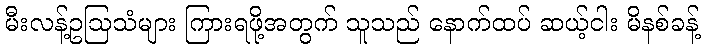
မီးလန့်ဥဩသံများ ကြားရဖို့အတွက် သူသည် နောက်ထပ် ဆယ့်ငါး မိနစ်ခန့်